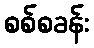
စစ်စခန်း